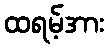
ထရမ့်အား